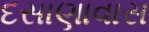
દસાણાવાસ